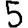
Digit: 5